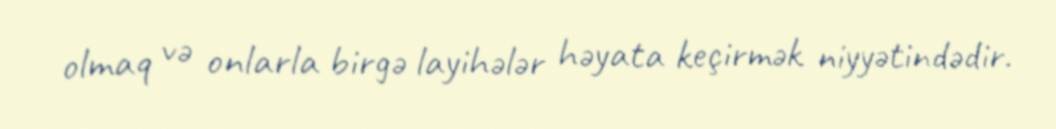
olmaq və onlarla birgə layihələr həyata keçirmək niyyətindədir.